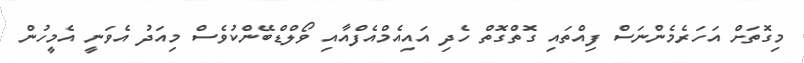
މިގޮތަށް އަހަރެމެންނަސް ފިއްތައި ގޮތްގޮތް ހެދި އައިއެމްއެފްއާއި ވޯލްޑްބޭންކުވެސް މިއަދު އެވަނީ އެމީހުން